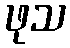
ဖုသ